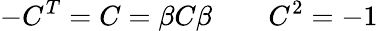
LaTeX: -C^{T}=C=\beta C\beta\qquad C^{2}=-1